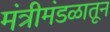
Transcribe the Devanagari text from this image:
मंत्रीमंडळातून